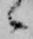
候